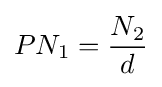
PN_{1}={\frac {N_{2}}{d}}